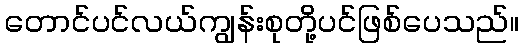
တောင်ပင်လယ်ကျွန်းစုတို့ပင်ဖြစ်ပေသည်။